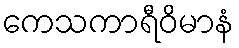
ကေသကာရီဝိမာနံ